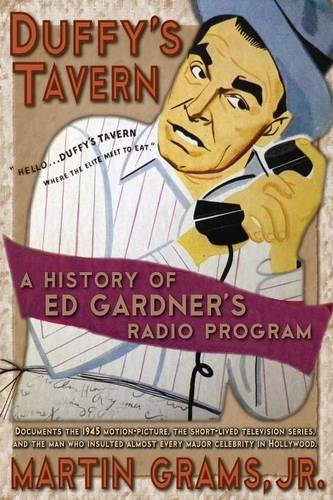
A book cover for Duffy's Tavern: A History of Ed Gardner's Radio Program; Martin Jr. Grams; Humor & Entertainment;